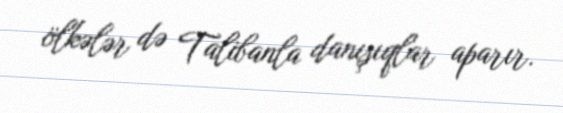
ölkələr də Talibanla danışıqlar aparır.